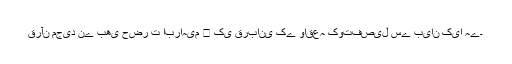
قرآن مجید نے بھی حضر ت ابراہیم ﷤ کی قربانی کے واقعہ کوتفصیل سے بیان کیا ہے۔